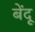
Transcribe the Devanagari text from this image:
बेंदू